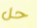
حل